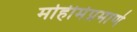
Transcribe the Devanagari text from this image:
मोहीमेप्रमाणे